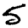
Digit: 5